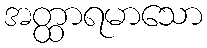
အတ္ထာရမာသော